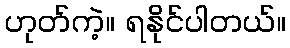
ဟုတ်ကဲ့။ ရနိုင်ပါတယ်။